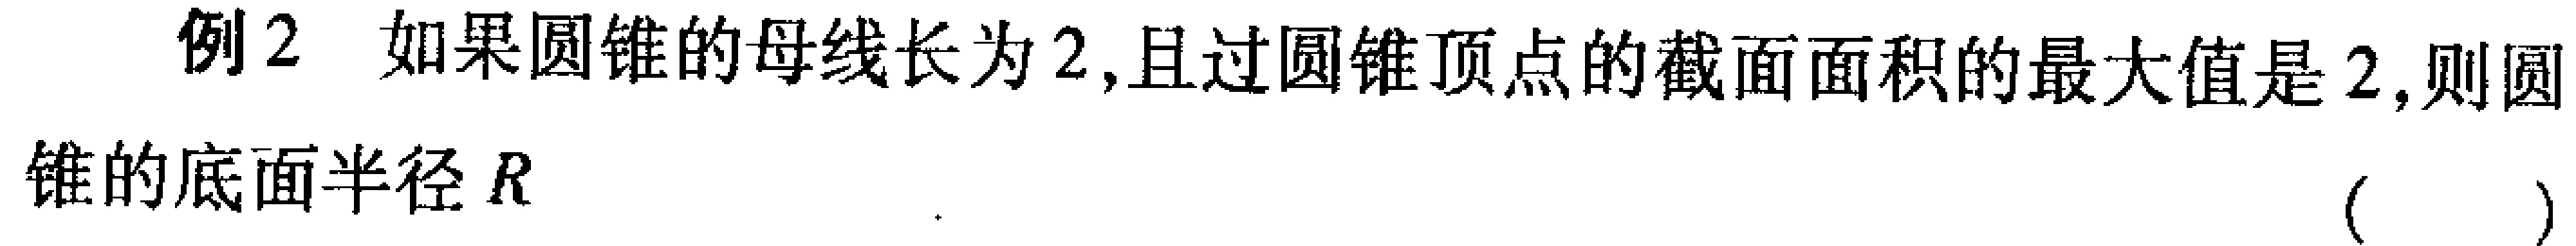
例2 如果圆锥的母线长为2,且过圆锥顶点的截面面积的最大值是2,则圆锥的底面半径\(R\) （  ）